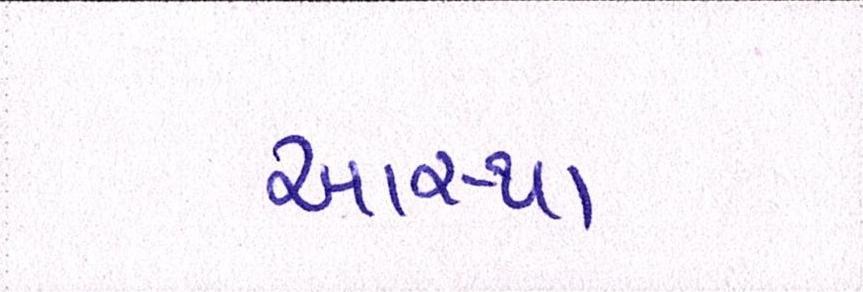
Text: આસ્થા